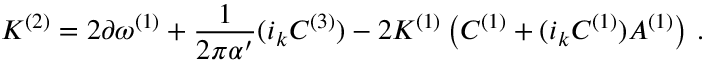
{ \cal K } ^ { ( 2 ) } = 2 \partial \omega ^ { ( 1 ) } + { \frac { 1 } { 2 \pi \alpha ^ { \prime } } } ( i _ { k } C ^ { ( 3 ) } ) - 2 { \cal K } ^ { ( 1 ) } \left( C ^ { ( 1 ) } + ( i _ { k } C ^ { ( 1 ) } ) A ^ { ( 1 ) } \right) \, .